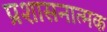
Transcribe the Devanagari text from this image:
प्रशासनात्मक